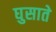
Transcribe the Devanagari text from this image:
घुसाते